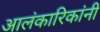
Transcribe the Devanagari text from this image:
आलंकारिकांनी